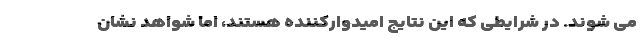
می شوند. در شرایطی که این نتایج امیدوارکننده هستند، اما شواهد نشان